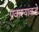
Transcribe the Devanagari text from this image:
प्रवाश्यांकडे